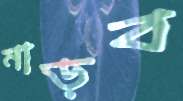
নাড়ব